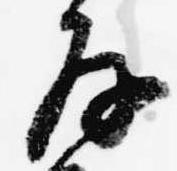
存